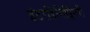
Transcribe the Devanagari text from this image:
इंटरडिसिप्लिनरी